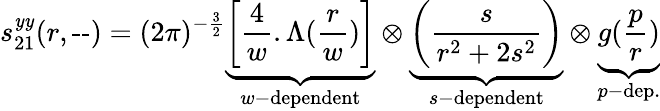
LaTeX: s_{21}^{\mathit{y}\mathit{y}}(r,\textrm{{--}})=(2\pi)^{-\frac{3}{2}}\underbrace{{\left[\frac{{4}}{{w}}.\Lambda(\frac{{r}}{{w}})\right]}}_{w-\textrm{{dependent}}}\otimes\underbrace{{\left(\frac{{s}}{{r^{2}+2s^{2}}}\right)}}_{s-\textrm{{dependent}}}\otimes\underbrace{{g(\frac{p}{r})}}_{p-\textrm{{dep.}}}